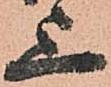
上